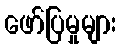
ဖော်ပြမှုများ